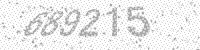
Solution: 689215